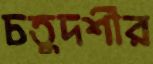
চতুদর্শীর